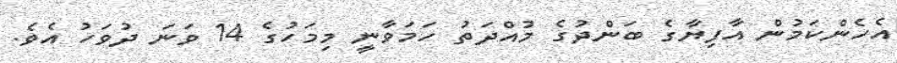
އެހެންކަމުން އާފިޔާގެ ބަންދުގެ މުއްދަތު ހަމަވާނީ މިމަހުގެ 14 ވަނަ ދުވަހު އެވެ.